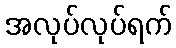
အလုပ်လုပ်ရက်